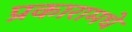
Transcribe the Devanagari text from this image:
प्रकारामधे